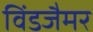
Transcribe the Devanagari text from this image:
विंडजैमर